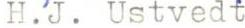
H.J. Ustvedt